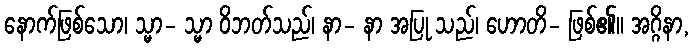
နောက်ဖြစ်သော၊ သ္မာ- သ္မာ ဝိဘတ်သည်၊ နာ- နာ အပြု သည်၊ ဟောတိ- ဖြစ်၏။ အဂ္ဂိနာ,